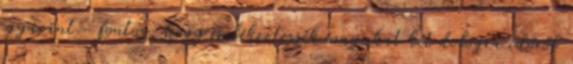
egyaránt - fontos, hogy emlékeztessék magukat két dologra időről